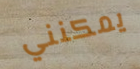
يمكنني